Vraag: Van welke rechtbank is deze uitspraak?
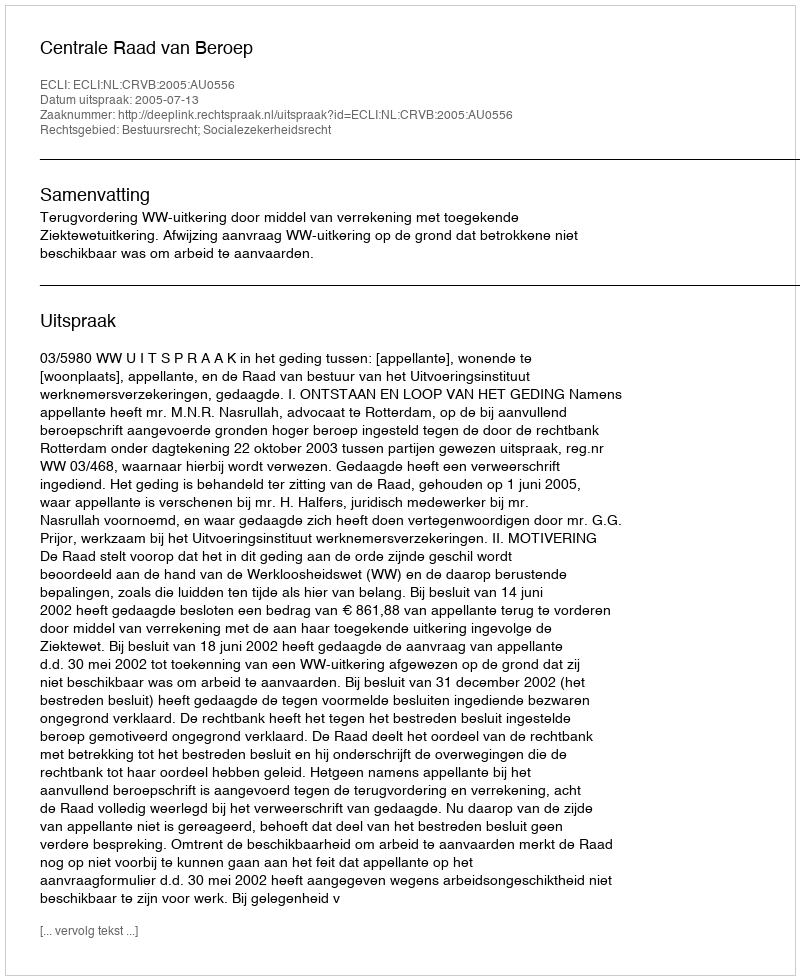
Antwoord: Centrale Raad van Beroep